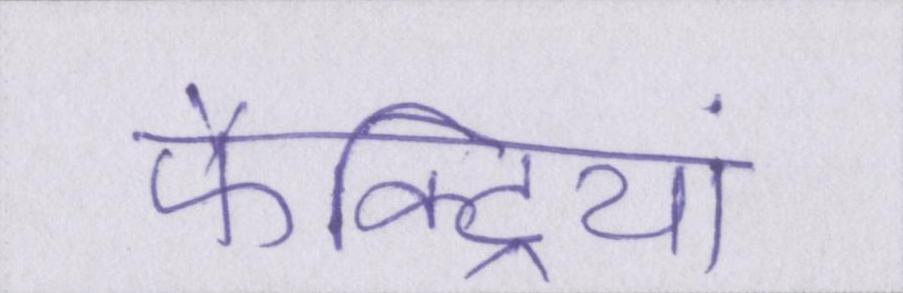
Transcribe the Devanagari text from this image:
फैक्ट्रियां